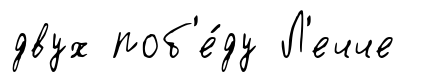
двух поб'е́ду Л'ечче